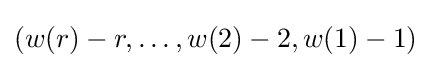
(w(r)-r,\ldots ,w(2)-2,w(1)-1)